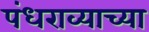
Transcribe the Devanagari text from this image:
पंधराव्याच्या